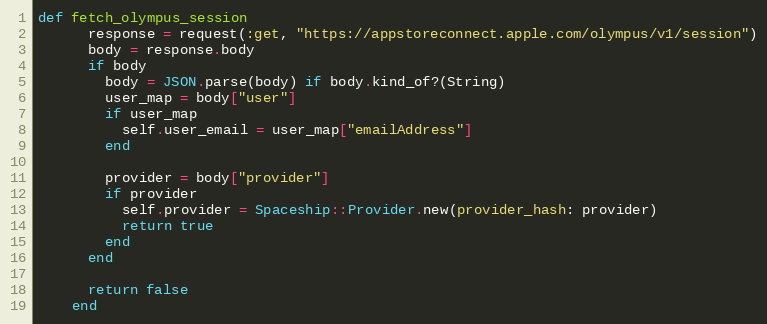
Language: Ruby
def fetch_olympus_session
      response = request(:get, "https://appstoreconnect.apple.com/olympus/v1/session")
      body = response.body
      if body
        body = JSON.parse(body) if body.kind_of?(String)
        user_map = body["user"]
        if user_map
          self.user_email = user_map["emailAddress"]
        end

        provider = body["provider"]
        if provider
          self.provider = Spaceship::Provider.new(provider_hash: provider)
          return true
        end
      end

      return false
    end